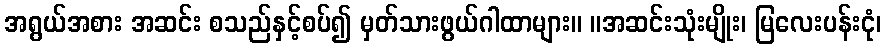
အရွယ်အစား အဆင်း စသည်နှင့်စပ်၍ မှတ်သားဖွယ်ဂါထာများ။ ။အဆင်းသုံးမျိုး၊ မြလေးပန်းငုံ၊